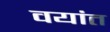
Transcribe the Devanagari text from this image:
वयांत